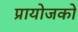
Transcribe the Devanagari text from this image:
प्रायोजको